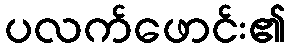
ပလက်ဖောင်း၏